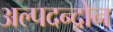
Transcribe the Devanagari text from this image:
अल्पदन्द्रोन